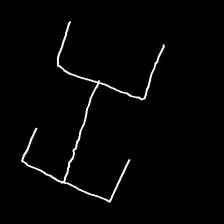
Glyph: entwine